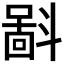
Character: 𪯮